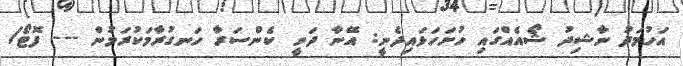
އަހުމަދު ނާޝިދު ޝޯއެއްގައި ހުށަހަޅައިދެނީ: އޭނާ ދަނީ ކެންސަރާ ހަނގުރާމަކުރަމުން --- ފޮޓޯ/